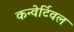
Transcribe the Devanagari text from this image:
कन्वेर्टिवल